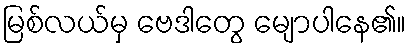
မြစ်လယ်မှ ဗေဒါတွေ မျောပါနေ၏။